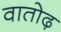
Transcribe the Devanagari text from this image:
वातोढ़